Vaccination in Bombay 1902-1912 - 1902-1912
Year: 1902
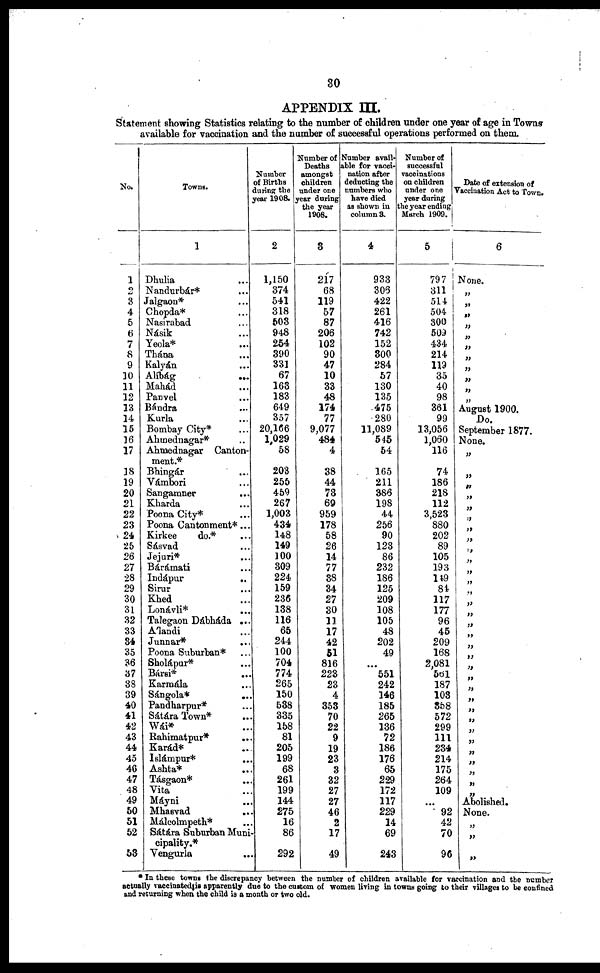
30
APPENDIX III.
Statement showing Statistics relating to the number of children under one year of age in Towns
available for vaccination and the number of successful operations performed on them.
No.
1
2
3
4
5
6
7
8
9
10
11
12
13
14
15
16
17
18
19
20
21
22
23
24
25
26
27
28
29
30
31
32
33
34
35
36
37
38
39
40
41
42
43
44
45
46
47
48
49
50
51
52
53
Towns.
1
Dhulia
...
Nandurbár* ...
Jalgaon* ...
Chopda* ...
Nasirabad ...
Násik ...
Yeola* ...
Thána ...
Kalyán ...
Alíbág ...
Mahád ...
Panvel ...
Bándra ...
Kurla ...
Bombay City* ...
Ahmednagar* ...
Ahmednagar Canton-
ment.*
Bhingár ...
Vámbori ...
Sangamner ...
Kharda ...
Poona City* ...
Poona Cantonment*...
Kirkee
do.* ...
Sásvad ...
Jejuri* ...
Bárámati ...
Indápur ...
Sirur ...
Khed ...
Lonávli*
...
Talegaon Dábháda ...
Álandi ...
Junnar* ...
Poona Suburban* ...
Sholápur* ...
Bársi* ...
Karmála ...
Sángola* ...
Pandharpur* ...
Sátára Town* ...
Wái* ...
Rahimatpur*
...
Karád* ...
Islámpur* ...
Ashta* ...
Tásgaon* ...
Vita ...
Máyni ...
Mhasvad ...
Málcolmpeth* ...
Sátára Suburban Muni-
cipality.*
Vengurla ...
Number
of Births
during the
year 1908.
2
1,150
374
541
318
503
948
254
390
331
67
163
183
649
357
20,166
1,029
58
203
255
459
267
1,003
434
148
149
100
309
224
159
236
138
116
65
244
100
704
774
265
150
538
335
158
81
205
199
68
261
199
144
275
16
86
292
Number of
Deaths
amongst
children
under one
year during
the year
1908.
3
217
68
119
57
87
206
102
90
47
10
33
48
174
77
9,077
484
4
38
44
73
69
959
178
58
26
14
77
38
34
27
30
11
17
42
51
816
223
23
4
353
70
22
9
19
23
3
32
27
27
46
2
17
49
Number avail-
able for vacci-
nation after
deducting the
numbers who
have died
as shown in
column 3.
4
933
306
422
261
416
742
152
300
284
57
130
135
475
280
11,089
545
54
165
211
386
198
44
256
90
123
86
232
186
125
209
108
105
48
202
49
...
551
242
146
185
265
136
72
186
176
65
229
172
117
229
14
69
243
Number of
successful
vaccinations
on children
under one
year during
the year ending
March 1909.
5
797
311
514
504
300
509
434
214
119
35
40
98
361
99
13,056
1,060
116
74
186
218
112
3,523
880
202
89
105
193
149
81
117
177
96
45
209
168
2,081
561
187
103
358
572
299
111
234
214
175
264
109
...
92
42
70
96
Date of extension of
Vaccination Act to Town.
6
None.
„
„
„
„
„
„
„
„
„
„
„
August 1900.
Do.
September 1877.
None.
„
„
„
„
„
„
„
„
„
„
„
„
„
„
„
„
„
„
„
„
„
„
„
„
„
„
„
„
„
„
„
„
Abolished.
None.
„
„
„
* In these towns the discrepancy between the number of children available for vaccination and the number
actually vaccinated is apparently due to the custom of women living in towns going to their villages to be confined
and returning when the child is a month or two old.